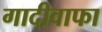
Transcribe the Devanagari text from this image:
गादीवाफा